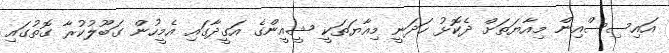
އައިސިސްއިން މިއާޔަތަށް ދެކޮޅު ހަދަނީ މިއާޔަތަކީ ޝީއީންގެ އަގީދާގައި އެމީހުން ގަބޫލުކުރާ ގޮތުގައި